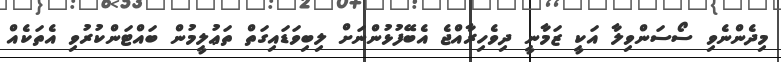
މިދެންނެވި ސޯސަންވިލާ އަކީ ޒަމާނީ ދިވެހިރާއްޖެ އެބޭފުޅުންނަށް ލިބިވަޑައިގަތް ތަޢުލީމުން ބައްޓަންކުރުވި އެތަކެއް